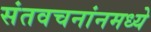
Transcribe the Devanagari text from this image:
संतवचनांनमध्ये